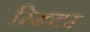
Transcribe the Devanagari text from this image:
रिख्टर